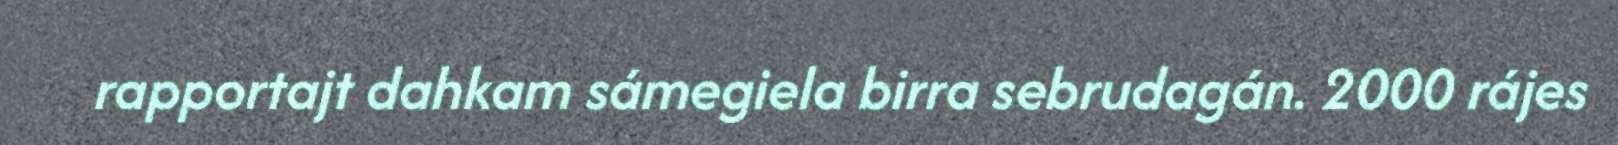
rapportajt dahkam sámegiela birra sebrudagán. 2000 rájes